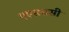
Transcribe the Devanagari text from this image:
एएसससी